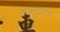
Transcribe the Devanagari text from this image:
न्यायानुसारिता